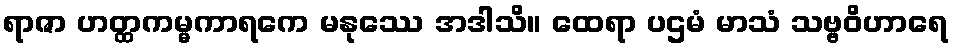
ရာဇာ ဟတ္ထကမ္မကာရကေ မနုဿေ အဒါသိ။ ထေရာ ပဌမံ မာသံ သဗ္ဗဝိဟာရေ